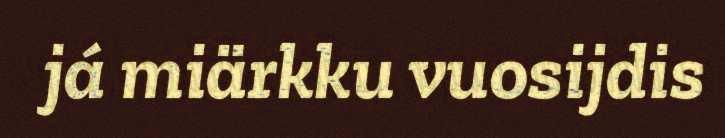
já miärkku vuosijdis